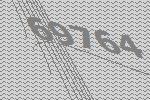
69764